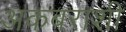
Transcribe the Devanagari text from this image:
अकबराशी